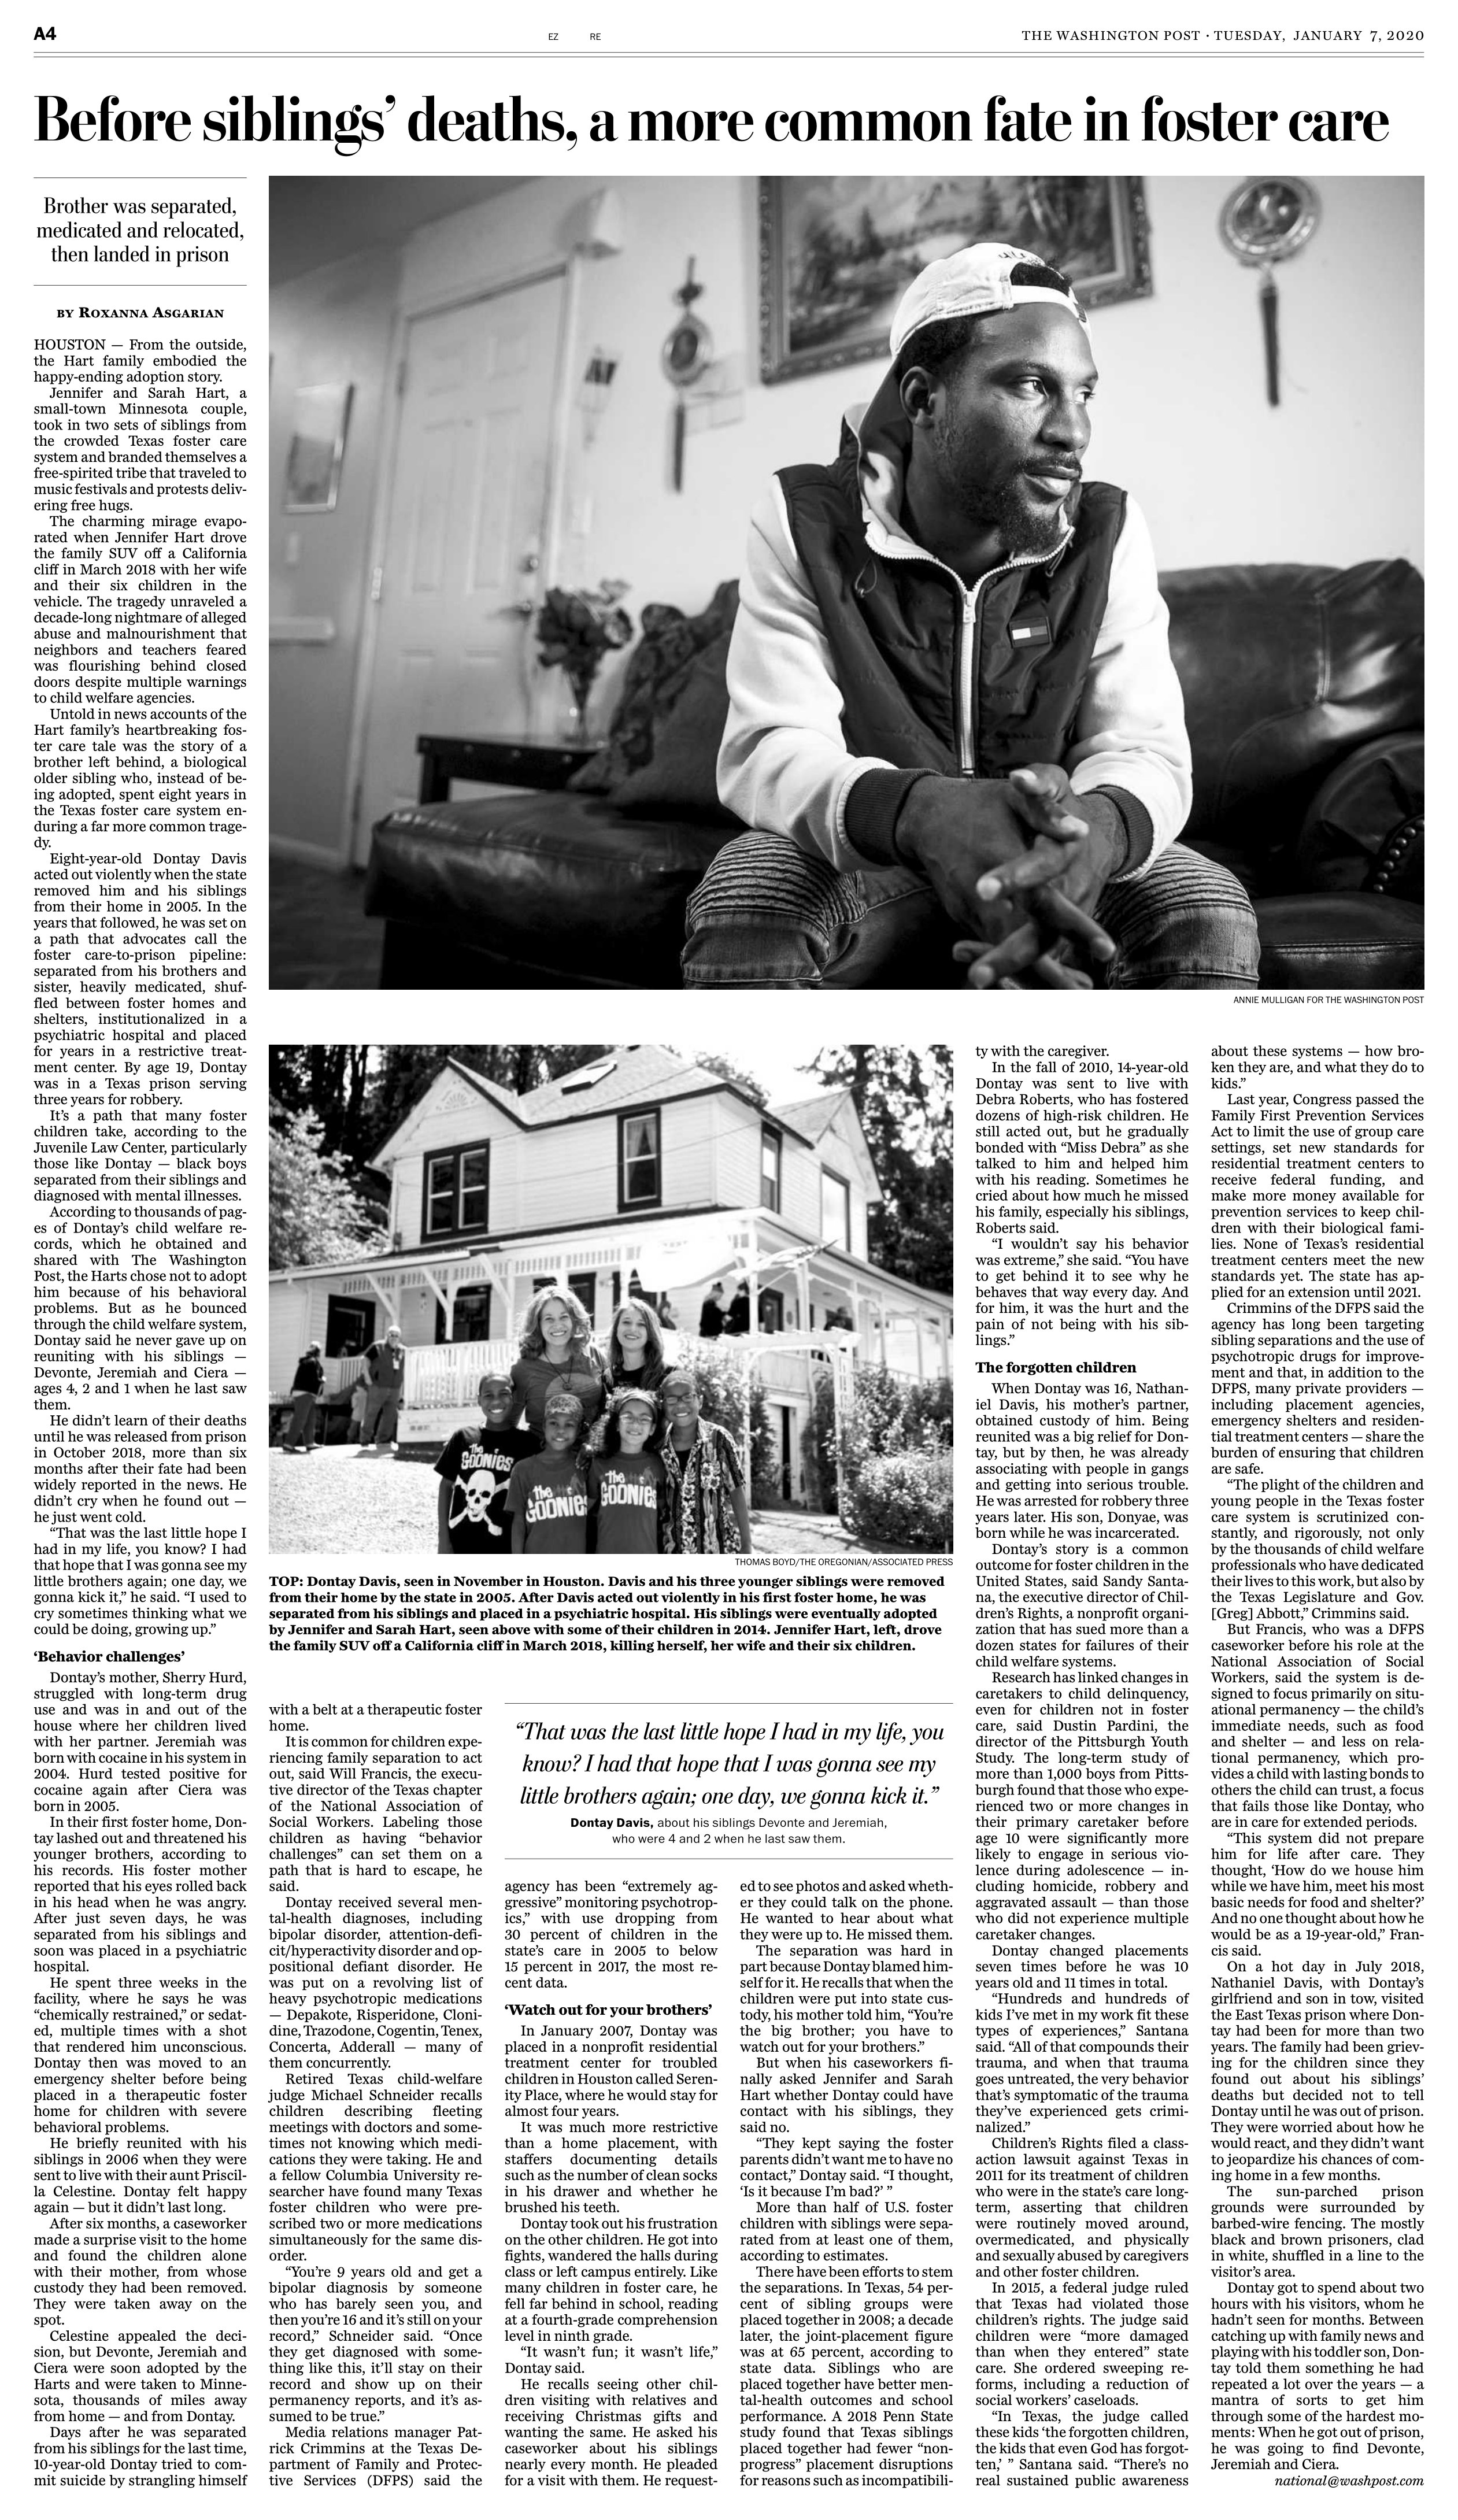
Language: en